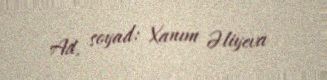
Ad, soyad: Xanım Əliyeva